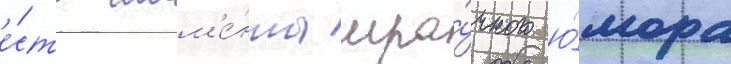
е́сть мом'е́нты мра́чного ю́мора